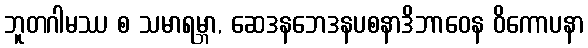
ဘူတဂါမဿ စ သမာရမ္ဘာ, ဆေဒနဘေဒနပစနာဒိဘာဝေန ဝိကောပနာ